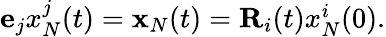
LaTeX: \begin{array}{r}{{\mathbf e}_{j}x_{N}^{j}(t)={\mathbf x}_{N}(t)={\mathbf R}_{i}(t)x_{N}^{i}(0).}\end{array}